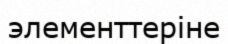
элементтеріне